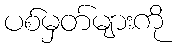
ပစ်မှတ်များကို